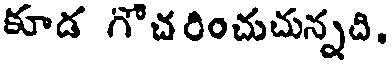
కూడ గొచరించుచున్నది.